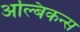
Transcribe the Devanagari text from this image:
अल्बिकन्स